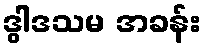
ဒွါဒသမ အခန်း